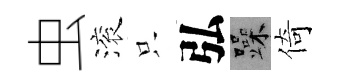
虫滚只弘躁倚